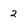
Character: 2